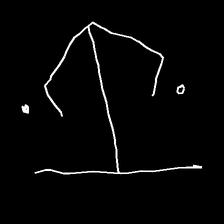
Glyph: earth